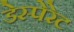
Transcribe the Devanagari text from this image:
डेस्पेरेट